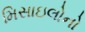
મિસાઇલોનો